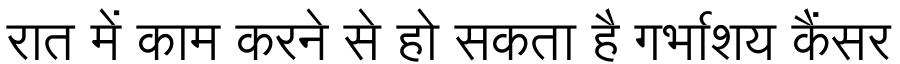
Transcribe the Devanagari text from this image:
रात में काम करने से हो सकता है गर्भाशय कैंसर